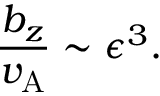
\frac { b _ { z } } { v _ { \mathrm { A } } } \sim \epsilon ^ { 3 } .